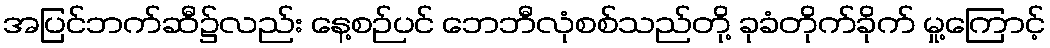
အပြင်ဘက်ဆီ၌လည်း နေ့စဉ်ပင် ဘေဘီလုံစစ်သည်တို့ ခုခံတိုက်ခိုက် မှု့ကြောင့်